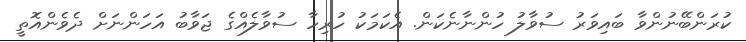
ކުރަންބޭނުންވާ ބައިވަރު ސުވާލު ހުންނާނެކަން. އެކަމަކު ހުރިހާ ސުވާލެއްގެ ޖަވާބު އަހަންނަށް ދެވެންއޮތީ